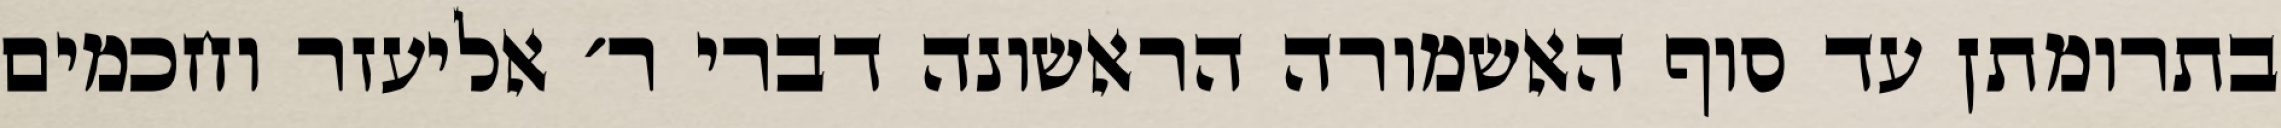
בתרומתן עד סוף האשמורה הראשונה דברי ר׳ אליעזר וחכמים